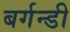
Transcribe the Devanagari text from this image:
बर्गन्डी